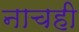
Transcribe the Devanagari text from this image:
नाचही